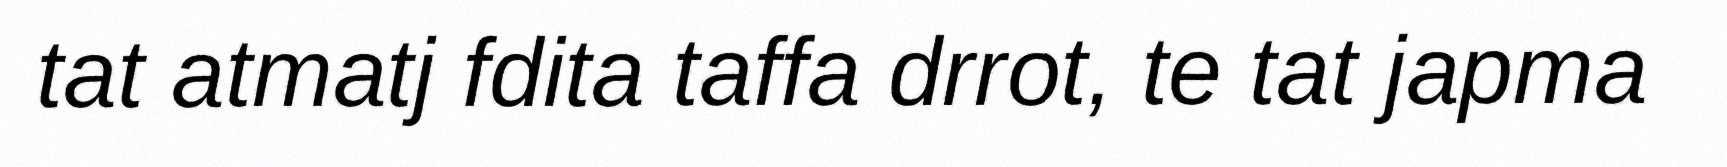
tat atmatj fdita taffa drrot, te tat japma